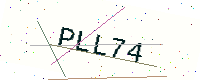
Text: PLL74